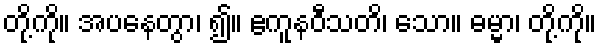
တို့ကို။ အပနေတွာ၊ ၍။ ဧကူနဝီသတိ၊ သော။ ဓမ္မာ၊ တို့ကို။